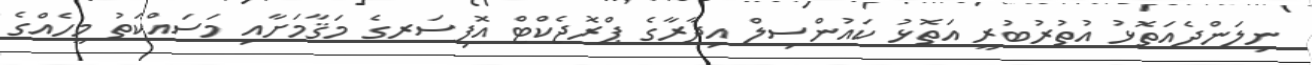
ނިލަންދެއަތޮޅު އުތުރުބުރީ އަތޮޅު ކައުންސިލް އިދާރާގެ ޕްރޮޖެކްޓް އޮފިސަރގެ މަޤާމަށާއި މަސައްކަތު މީހެއްގެ